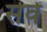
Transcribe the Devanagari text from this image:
सेवें